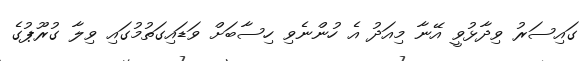
ގައިސަރު ވިދާޅުވީ އޭނާ މިއަދު އެ ހުންނެވި ހިސާބަށް ވަޑައިގަތުމުގައި ވިލާ ގުރޫޕުގެ